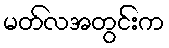
မတ်လအတွင်းက